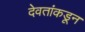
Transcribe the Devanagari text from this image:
देवतांकडून